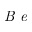
\textit { B e }